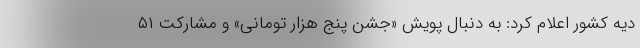
دیه کشور اعلام کرد: به دنبال پویش «جشن پنج هزار تومانی» و مشارکت ۵۱